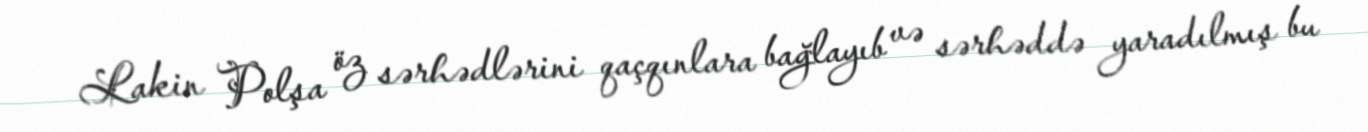
Lakin Polşa öz sərhədlərini qaçqınlara bağlayıb və sərhəddə yaradılmış bu